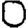
Digit: 0